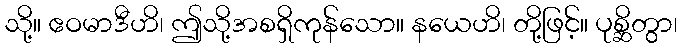
သို့။ ဧဝမာဒီဟိ၊ ဤသို့အစရှိကုန်သော။ နယေဟိ၊ တို့ဖြင့်။ ပုစ္ဆိတွာ၊